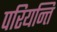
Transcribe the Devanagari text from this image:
परियन्ति